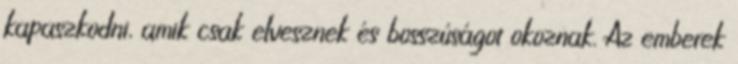
kapaszkodni, amik csak elvesznek és bosszúságot okoznak. Az emberek